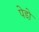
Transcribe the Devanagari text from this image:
पेडो़